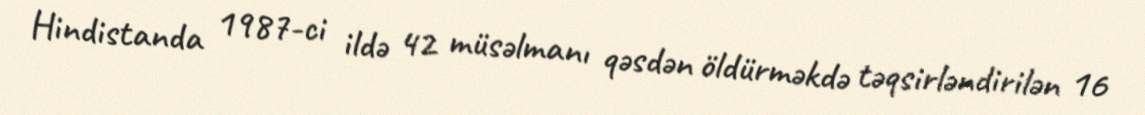
Hindistanda 1987-ci ildə 42 müsəlmanı qəsdən öldürməkdə təqsirləndirilən 16